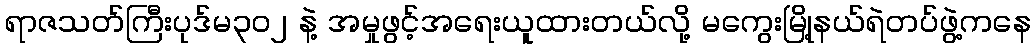
ရာဇသတ်ကြီးပုဒ်မ၃၀၂ နဲ့ အမှုဖွင့်အရေးယူထားတယ်လို့ မကွေးမြို့နယ်ရဲတပ်ဖွဲ့ကနေ